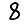
Digit: 8